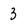
Character: 3